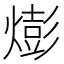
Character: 𪹫